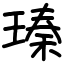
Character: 瑧